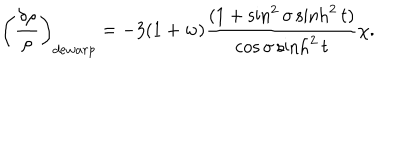
LaTeX: \left( \frac { \delta \rho } { \rho } \right) _ { d e w a r p } = - 3 ( 1 + w ) \frac { ( 1 + \sin ^ { 2 } \sigma \sinh ^ { 2 } t ) } { \cos \sigma \sinh ^ { 2 } t } \chi .